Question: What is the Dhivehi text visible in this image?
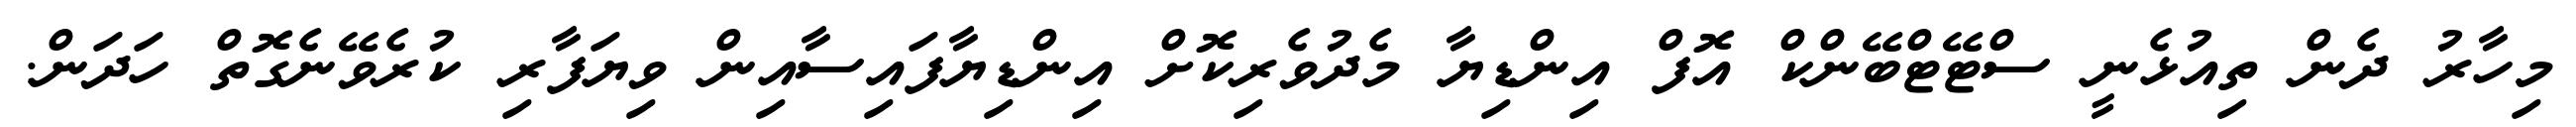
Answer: މިހާރު ދެން ތިއުޅެނީ ސްޓޭޓްބޭންކް އޮފް އިންޑިޔާ މެދުވެރިކޮށް އިންޑިޔާފައިސާއިން ވިޔަފާރި ކުރެވޭނެގޮތް ހަދަން.